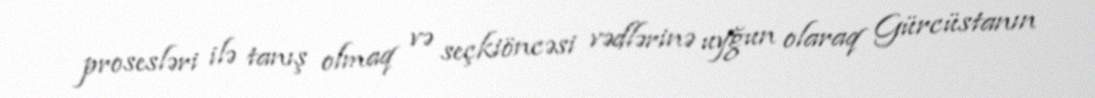
prosesləri ilə tanış olmaq və seçkiöncəsi vədlərinə uyğun olaraq Gürcüstanın